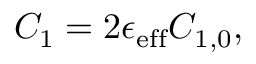
\begin{array} { r } { C _ { 1 } = 2 \epsilon _ { \mathrm { e f f } } C _ { 1 , 0 } , } \end{array}